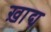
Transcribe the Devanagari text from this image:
ख़ाद्य